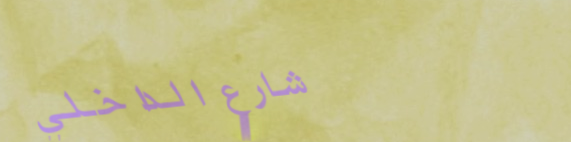
شارع الداخلي